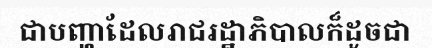
ជាបញ្ហាដែលរាជរដ្ឋាភិបាលក៏ដូចជា